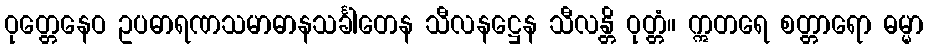
ဝုတ္တေနေဝ ဥပဓာရဏသမာဓာနသင်္ခါတေန သီလနဋ္ဌေန သီလန္တိ ဝုတ္တံ။ ဣတရေ စတ္တာရော ဓမ္မာ